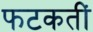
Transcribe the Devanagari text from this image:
फटकतीं